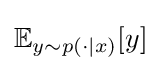
\mathbb {E} _{y\sim p(\cdot |x)}[y]